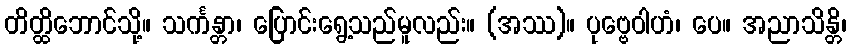
တိတ္ထိဘောင်သို့။ သင်္ကန္တာ၊ ပြောင်းရွေ့သည်မူလည်း။ (အဿ)။ ပုဗ္ဗေဝါဟံ၊ ပေ။ အညာသိန္တိ၊